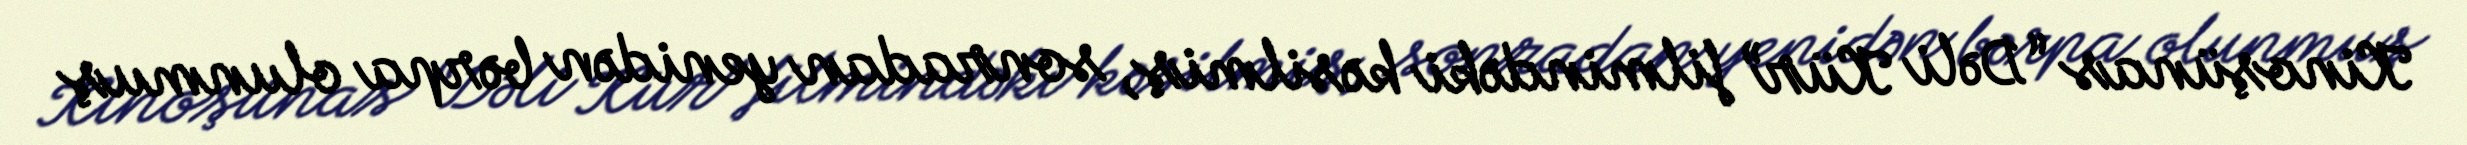
Kinoşünas “Dəli Kür” filmindəki kəsilmiş, sonradan yenidən bərpa olunmuş